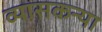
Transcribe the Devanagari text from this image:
व्यासकन्या